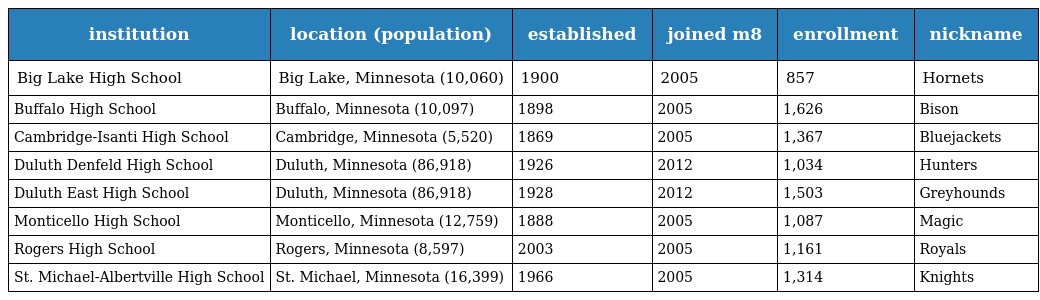
| institution | location (population) | established | joined m8 | enrollment | nickname |
 | --- | --- | --- | --- | --- | --- |
 | Big Lake High School | Big Lake, Minnesota (10,060) | 1900 | 2005 | 857 | Hornets |
 | Buffalo High School | Buffalo, Minnesota (10,097) | 1898 | 2005 | 1,626 | Bison |
 | Cambridge-Isanti High School | Cambridge, Minnesota (5,520) | 1869 | 2005 | 1,367 | Bluejackets |
 | Duluth Denfeld High School | Duluth, Minnesota (86,918) | 1926 | 2012 | 1,034 | Hunters |
 | Duluth East High School | Duluth, Minnesota (86,918) | 1928 | 2012 | 1,503 | Greyhounds |
 | Monticello High School | Monticello, Minnesota (12,759) | 1888 | 2005 | 1,087 | Magic |
 | Rogers High School | Rogers, Minnesota (8,597) | 2003 | 2005 | 1,161 | Royals |
 | St. Michael-Albertville High School | St. Michael, Minnesota (16,399) | 1966 | 2005 | 1,314 | Knights |